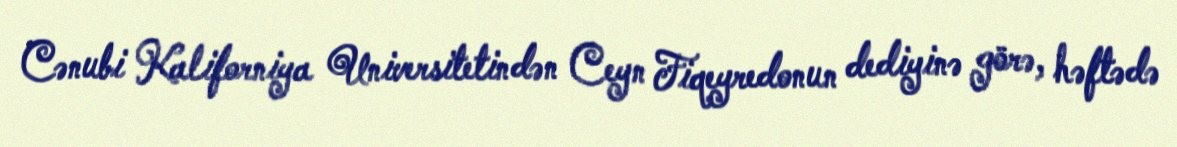
Cənubi Kaliforniya Universitetindən Ceyn Fiqeyredonun dediyinə görə, həftədə